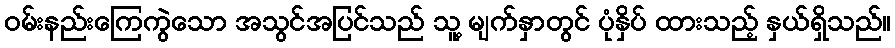
ဝမ်းနည်းကြေကွဲသော အသွင်အပြင်သည် သူ့ မျက်နှာတွင် ပုံနှိပ် ထားသည့် နှယ်ရှိသည်။